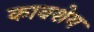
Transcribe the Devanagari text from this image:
कावशेय